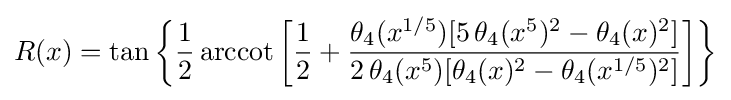
R(x)=\tan {\biggl \{}{\frac {1}{2}}\operatorname {arccot} {\biggl [}{\frac {1}{2}}+{\frac {\theta _{4}(x^{1/5})[5\,\theta _{4}(x^{5})^{2}-\theta _{4}(x)^{2}]}{2\,\theta _{4}(x^{5})[\theta _{4}(x)^{2}-\theta _{4}(x^{1/5})^{2}]}}{\biggr ]}{\biggr \}}